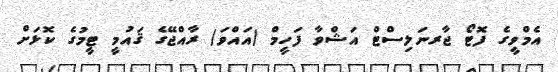
އެމްވީގެ ފޮޓޯ ޖާރނަލިސްޓް އަޝްވާ ފަހީމް (އައްވަ) ރާއްޖޭގެ ޤައުމީ ޓީމުގެ ކޮޅަށް